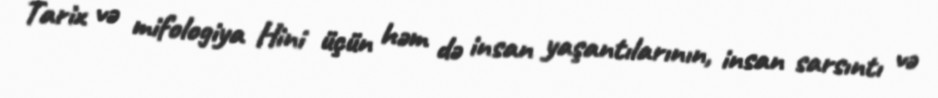
Tarix və mifologiya Hini üçün həm də insan yaşantılarının, insan sarsıntı və